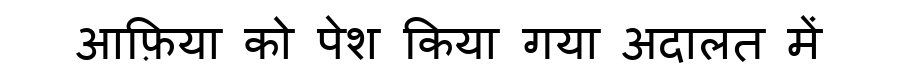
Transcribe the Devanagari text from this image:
आफ़िया को पेश किया गया अदालत में